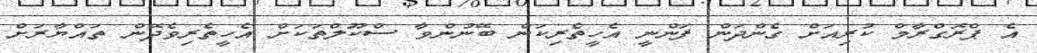
އެ ޕްރޮގްރާމް ކުރިއަށް ގެންދަން ފަންނީ އެހީތެރިކަން ބޭނުންވާ ސްކޫލްތަކަށް އެހީތެރިވެދޭން ތައްޔާރަށް